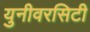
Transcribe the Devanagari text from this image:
युनीवरसिटी